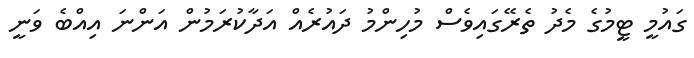
ގައުމީ ޓީމުގެ މެދު ތެރޭގައިވެސް މުހިންމު ދައުރެއް އަދާކުރަމުން އަންނަ އިއްބެ ވަނީ